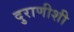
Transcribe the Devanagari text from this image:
दुराणीशी